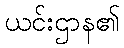
ယင်းဌာန၏